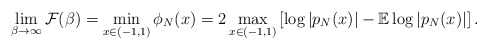
\begin{align*}\lim_{\beta\to \infty}\mathcal{F}(\beta)=\min_{x\in(-1,1)}\phi_N(x)=2\max_{x\in(-1,1)}\left[\log{|p_N(x)|-\mathbb{E}\log|p_{N}(x)|}\right].\end{align*}